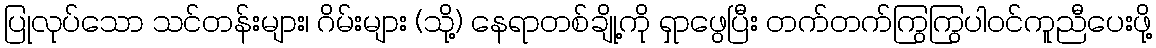
ပြုလုပ်သော သင်တန်းများ၊ ဂိမ်းများ (သို့) နေရာတစ်ချို့ကို ရှာဖွေပြီး တက်တက်ကြွကြွပါဝင်ကူညီပေးဖို့